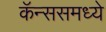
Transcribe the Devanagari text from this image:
कॅन्ससमध्ये